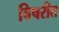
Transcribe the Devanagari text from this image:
विषरीत